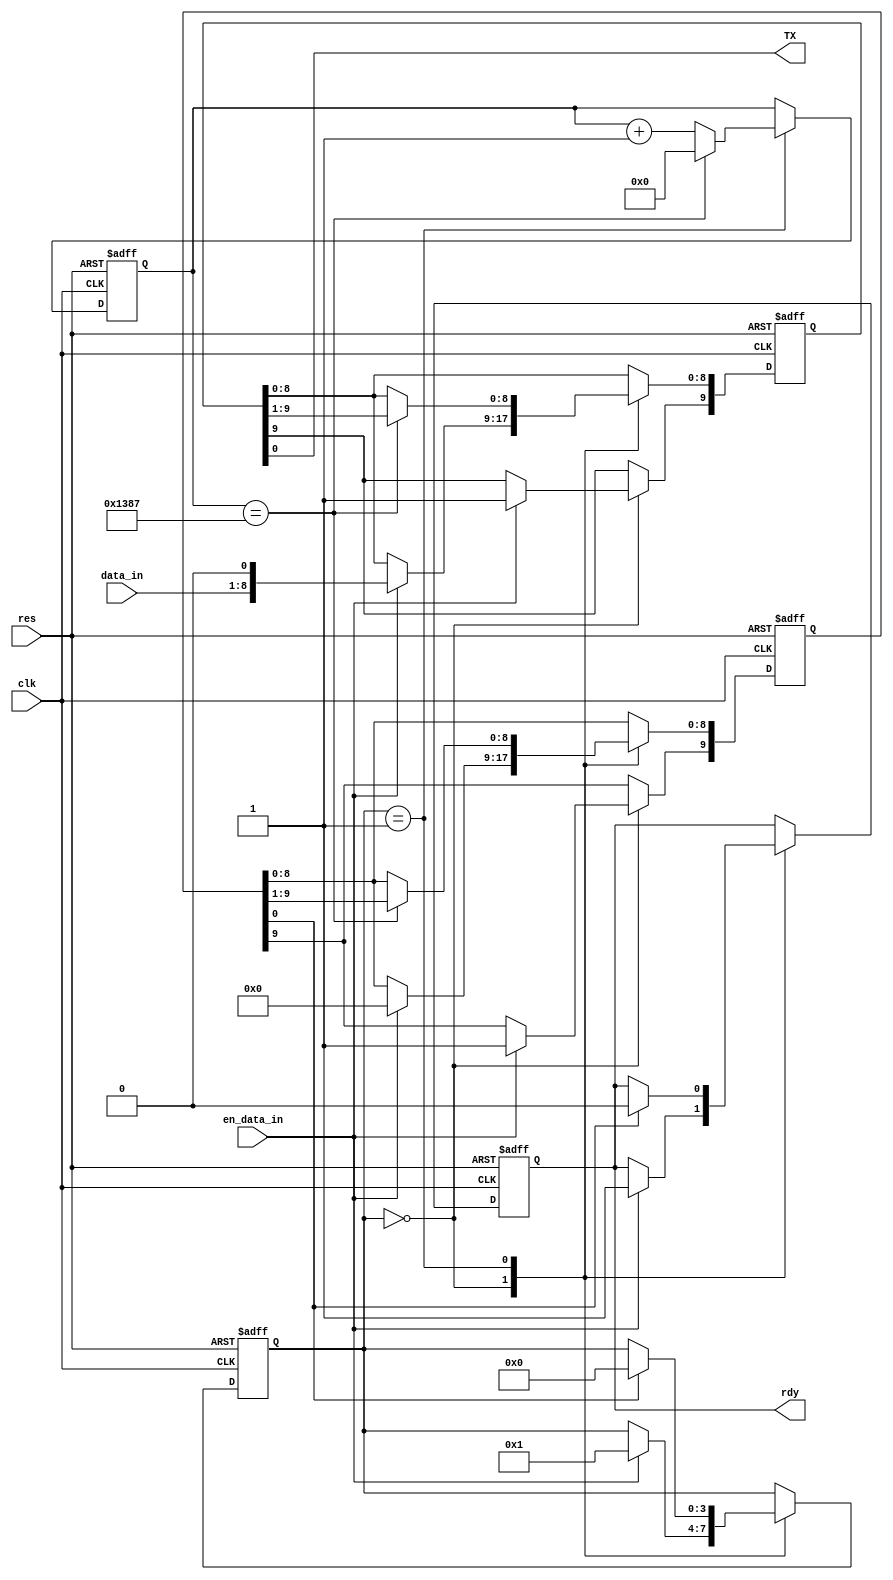
`timescale 1ns/10ps
module URAT_TXer(clk, res, data_in,en_data_in, TX, rdy);
input clk;
input res;
input[7:0] data_in;
input en_data_in;
output TX;
output rdy;//0

reg[3:0] state;
reg[9:0] send_buf;
assign TX=send_buf[0];

reg[12:0] con;//
reg[9:0] send_flag;//

reg rdy;

always@(posedge clk or negedge res)
if(~res) begin
    state<=0;send_buf<=1;con<=0;send_flag<=10'b10_0000_0000;
    rdy<=0;
end
else begin
    case(state)
    0://
    begin
        if(en_data_in)begin
            send_buf<={1'b1, data_in,1'b0};
            send_flag<=10'b10_0000_0000;
            rdy<=1;
            state<=1;
        end
    end
    1://
    begin
        if(con==5000-1)
        begin
            con<=0;
        end
        else begin
            con<=con+1;
        end

        if(con==5000-1)begin
            send_buf[8:0]<=send_buf[9:1];
            send_flag[8:0]<=send_flag[9:1];
        end

        if(send_flag[0])begin
            rdy<=0;
            state<=0;
        end
    end
    2:begin   end
    3:begin   end
    endcase
end

endmodule

module UART_TXer_tb;
reg clk,res;
reg[7:0] data_in;
reg en_data_in;
wire TX;
wire rdy;
URAT_TXer URAT_TXer(clk, res, data_in, en_data_in, TX, rdy);

initial begin
    clk<=0;res<=0;data_in<=8'h0a;en_data_in<=0;
    #17 res<=1;
    #30 en_data_in<=1;
    #10 en_data_in<=0;

    #1000000 $stop;
end

always #5 clk<=~clk;

endmodule